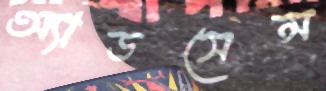
অ্যাডসেন্স